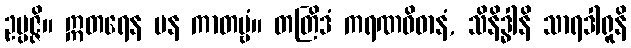
ဥပ္ပဇ္ဇိ။ ဣတရေန ပန ကာတဗ္ဗံ။ တတြိဒံ ကရဏဝိဓာနံ, သိနိဒ္ဓါနိ သာရဒါရူနိ